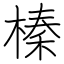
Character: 榛